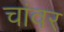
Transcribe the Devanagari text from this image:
चांवर